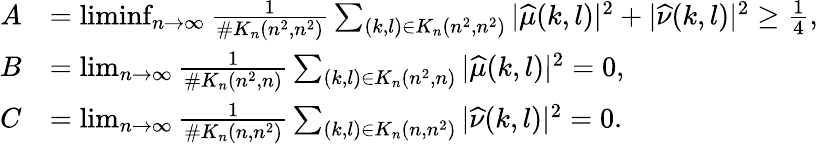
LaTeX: \begin{array}{rl}{A}&{=\operatorname*{liminf}_{n\rightarrow\infty}\frac{1}{\# K_{n}(n^{2},n^{2})}\sum_{(k,l)\in K_{n}(n^{2},n^{2})}|\widehat{\mu}(k,l)|^{2}+|\widehat{\nu}(k,l)|^{2}\geq\frac{1}{4},}\\ {B}&{=\operatorname*{lim}_{n\rightarrow\infty}\frac{1}{\# K_{n}(n^{2},n)}\sum_{(k,l)\in K_{n}(n^{2},n)}|\widehat{\mu}(k,l)|^{2}=0,}\\ {C}&{=\operatorname*{lim}_{n\rightarrow\infty}\frac{1}{\# K_{n}(n,n^{2})}\sum_{(k,l)\in K_{n}(n,n^{2})}|\widehat{\nu}(k,l)|^{2}=0.}\end{array}